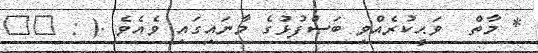
* މާތް  ވަޙީކުރެއްވި ބަސްފުޅުގެ މާނައިގައި ވެއެވެ .( : ٤٢